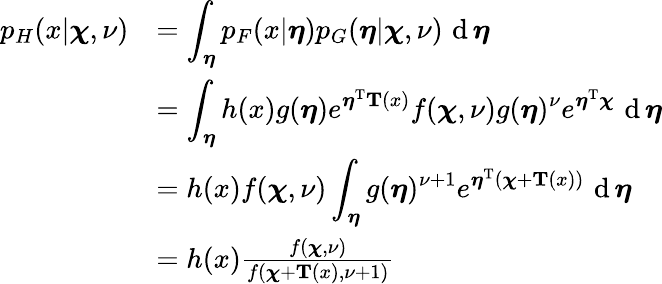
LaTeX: {\begin{array}{rl}{p_{H}(x|{\boldsymbol{\chi}},\nu)}&{={\displaystyle\int_{\boldsymbol{\eta}}p_{F}(x|{\boldsymbol{\eta}})p_{G}({\boldsymbol{\eta}}|{\boldsymbol{\chi}},\nu)\, \operatorname{d}{\boldsymbol{\eta}}}}\\ &{={\displaystyle\int_{\boldsymbol{\eta}}h(x)g({\boldsymbol{\eta}})e^{{\boldsymbol{\eta}}^{\mathrm{{T}}}\mathbf{T}(x)}f({\boldsymbol{\chi}},\nu)g({\boldsymbol{\eta}})^{\nu}e^{{\boldsymbol{\eta}}^{\mathrm{{T}}}{\boldsymbol{\chi}}}\, \operatorname{d}{\boldsymbol{\eta}}}}\\ &{={\displaystyle h(x)f({\boldsymbol{\chi}},\nu)\int_{\boldsymbol{\eta}}g({\boldsymbol{\eta}})^{\nu+1}e^{{\boldsymbol{\eta}}^{\mathrm{{T}}}({\boldsymbol{\chi}}+\mathbf{T}(x))}\, \operatorname{d}{\boldsymbol{\eta}}}}\\ &{=h(x){\frac{f({\boldsymbol{\chi}},\nu)}{f({\boldsymbol{\chi}}+\mathbf{T}(x),\nu+1)}}}\end{array}}